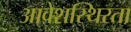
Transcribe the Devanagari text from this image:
आवेशस्थिरता